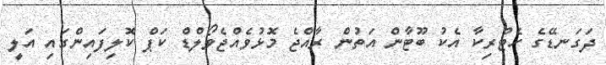
ދަގަނޑޭގެ ހެޓްރިކާ އެކު ބޫޓާން އަތުން ރާއްޖެ މޮޅުވެއްޖެވޯލްޑް ކަޕް ކޮލިފައިންގައި އަލީ